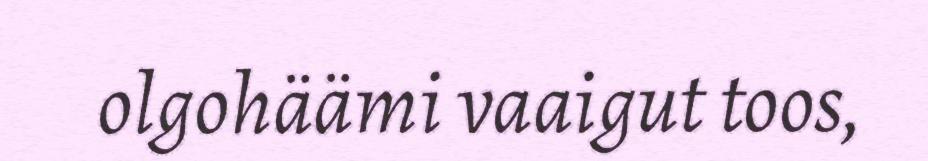
olgohäämi vaaigut toos,